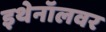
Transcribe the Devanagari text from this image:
इथेनॉलवर